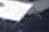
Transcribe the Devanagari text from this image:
र्‍ाै